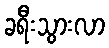
ခရီးသွားလာ